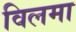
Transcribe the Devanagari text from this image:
विलमा